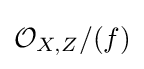
{\mathcal {O}}_{X,Z}/(f)